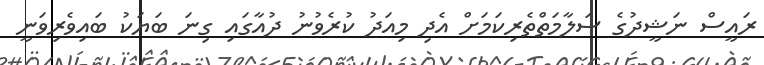
ރައީސް ނަޝީދުގެ ސަލާމަތްތެރިކަމަށް އެދި މިއަދު ކުރެވުނު ދުއާގައި ގިނަ ބަޔަކު ބައިވެރިވަނީ